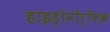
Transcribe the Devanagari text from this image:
हाइड्रोमॉर्फ़िक